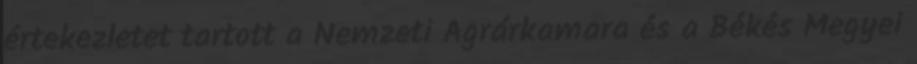
értekezletet tartott a Nemzeti Agrárkamara és a Békés Megyei